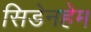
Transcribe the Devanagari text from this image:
सिडेनहेम